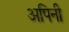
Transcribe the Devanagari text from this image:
अपिनी